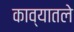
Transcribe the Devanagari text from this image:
काव्यातले